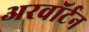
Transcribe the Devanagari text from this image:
अरवॉर्टन